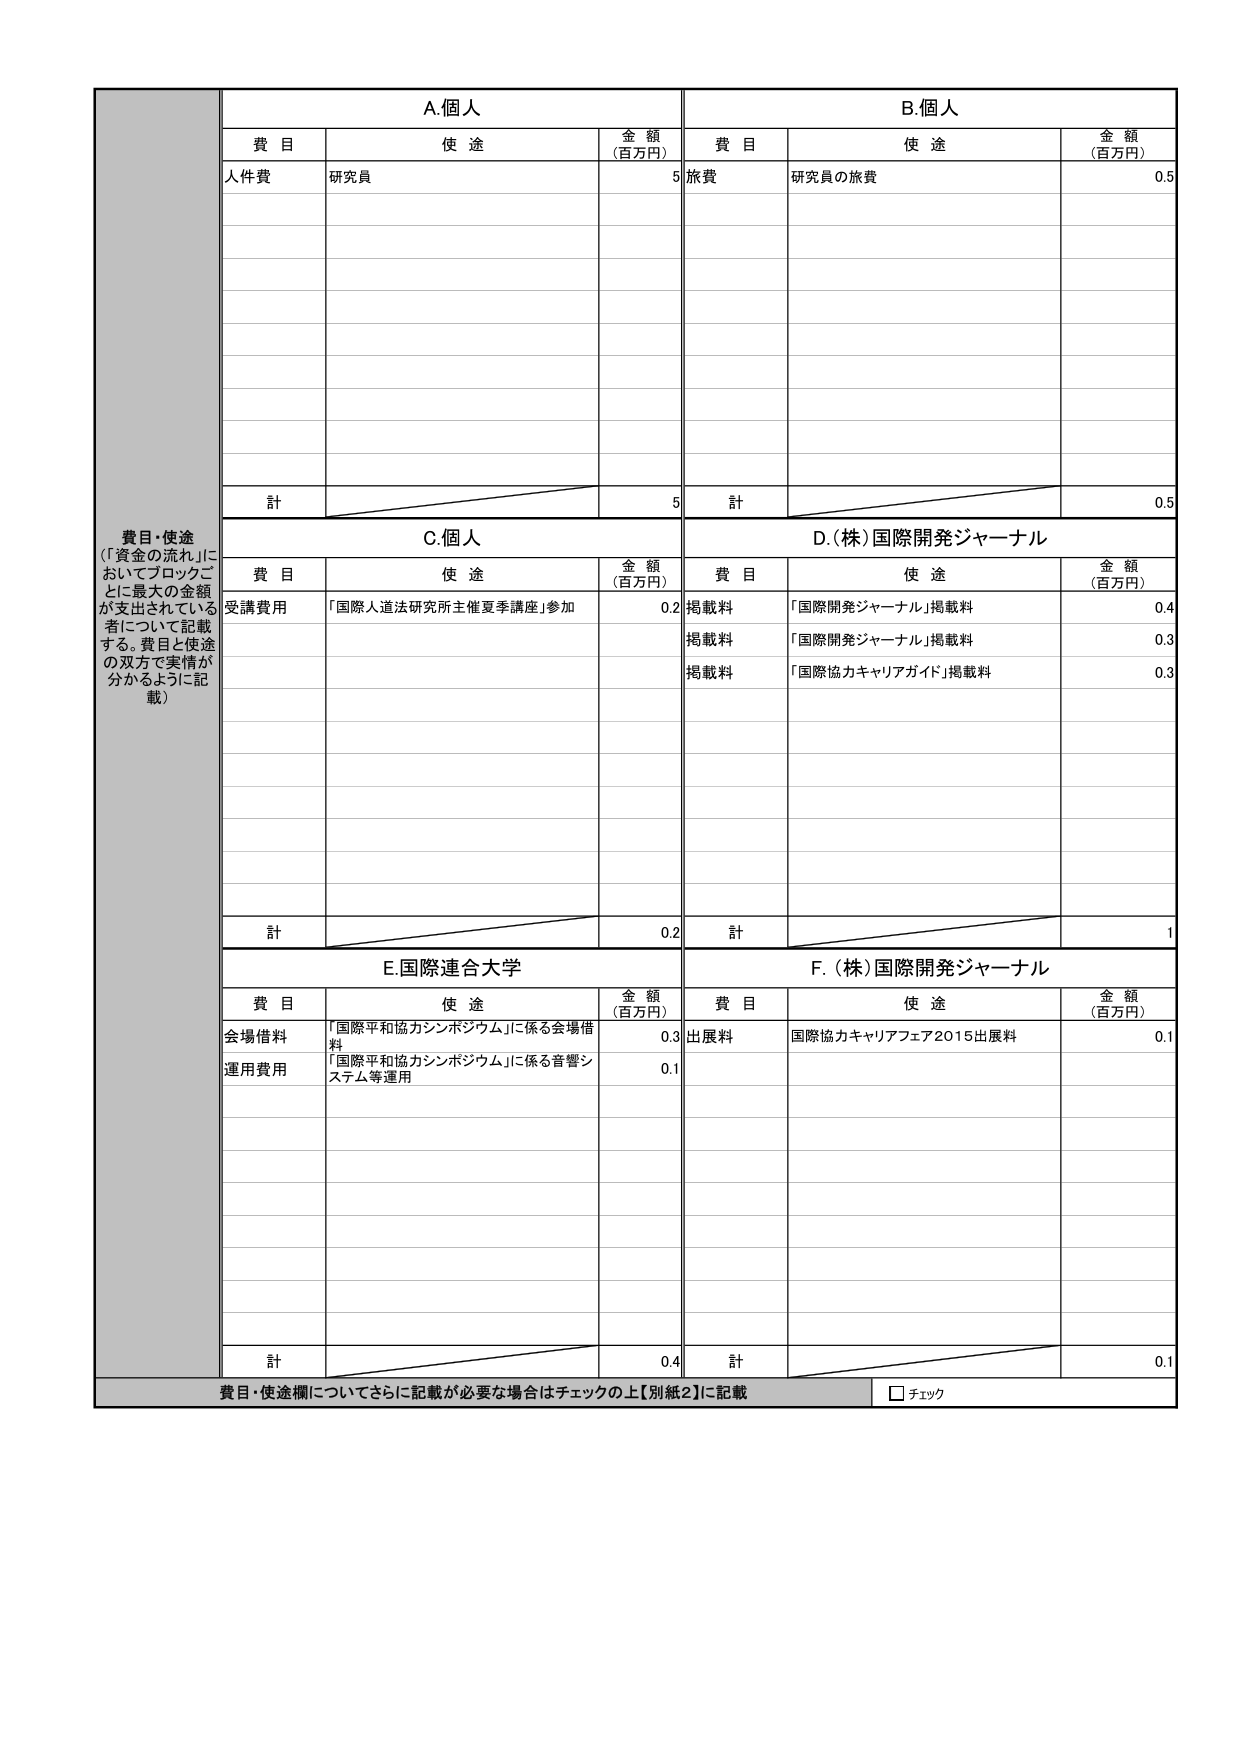
費目・使途
（「資金の流れ」に
おいてブロックご
とに最大の金額
が支出されている
者について記載
する。費目と使途
の双方で実情が
分かるように記
載）

A.個人
費目 使途 金額（百万円）
人件費 研究員 5
計 5

B.個人
費目 使途 金額（百万円）
旅費 研究員の旅費 0.5
計 0.5

C.個人
費目 使途 金額（百万円）
受講費用 「国際人道法研究所主催夏季講座」参加 0.2
計 0.2

D.（株）国際開発ジャーナル
費目 使途 金額（百万円）
掲載料 「国際開発ジャーナル」掲載料 0.4
掲載料 「国際開発ジャーナル」掲載料 0.3
掲載料 「国際協力キャリアガイド」掲載料 0.3
計 1

E.国際連合大学
費目 使途 金額（百万円）
会場借料 「国際平和協力シンポジウム」に係る会場借料 0.3
運用費用 「国際平和協力シンポジウム」に係る音響システム等運用 0.1
計 0.4

F.（株）国際開発ジャーナル
費目 使途 金額（百万円）
出展料 国際協力キャリアフェア2015出展料 0.1
計 0.1

費目・使途欄についてさらに記載が必要な場合はチェックの上【別紙2】に記載
□ チェック